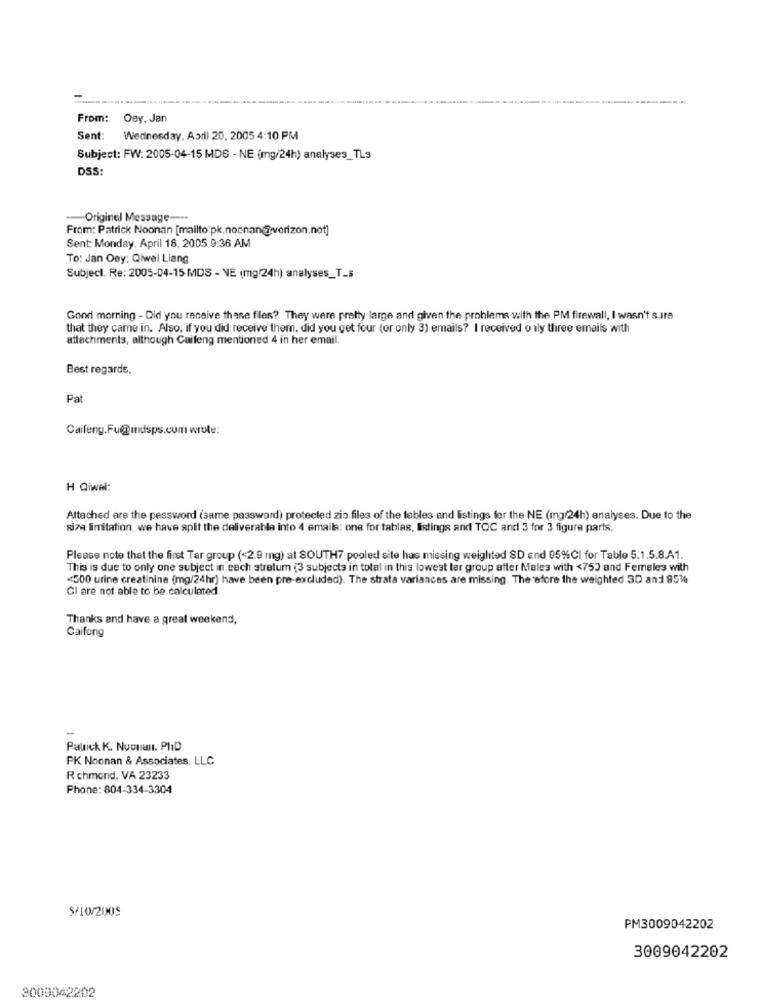
From:
Oey, Jen
Sent: Wednesday, April 20, 2005 4:10 PM
Subject: FW: 2005-04-15 MDS - NE (mg/24h) analyses_TLs
DSS:
-Original Message ---
From: Patrick Noonan [mailto:pk.nocnan@verizon.not]
Sent: Monday, April 18, 2005 9:36 AM
To: Jan Oey; Qiwel Liang
Subject: Re: 2005-04-15 MDS - NE (mg/24h) analyses_T_s
Good morning - Did you receive thase files? They were pretty large and given the problems with the PM firewall, I wasn't sure
that they came in. Also, if you did receive them, did you get four (or only 3) emails? I received only three emails with
attachments, although Caifeng mentioned 4 in her email.
Best regards.
Pat
Caifeng.Fu@mdsps.com wrote:
H Qiwel:
Attached are the password (same password) protected zio files of the tables and listings for the NE (mg/24h) analyses. Due to the
siza limitation, we have split the deliverable into 4 emails: one for tables, Estings and TOC and 3 for 3 figure parts.
Please note that the first Tar group (<2.9 mg) at SOUTH7 pooled site has missing weighted SD and 05%CI for Table 5.1.5.8.A1.
This is due to only one subject in each stratum (3 subjects in total in this lowest tar group after Meles with <75) and Females with
<500 urine creatinine (mg/24hr) have been pre-excluded). The strata variances are missing. The afore the weighted 3D and 95%
CI are not able to be calculated
Thanks and have a great weekend,
Caifong
-
Pubick K. Nuouan. PhD
PK Noonan & Associates. LLC
R chmond, VA 23233
Phone: 804-334-3304
5/10/2005
PM3009042202
3009042202
2009042202